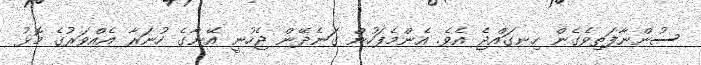
ސުންނާފަތިވެގެން ހިނގައްޖެ އެވެ. އެންމެފަހުން ގަނެދޭން ޖެހުނީ އޭނާގެ ހުނަރާ އެއްވަރުގެ މޮޅު